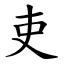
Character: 吏